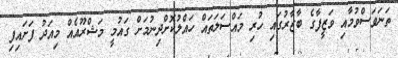
ތަނަވަސްވުމާއި ވަޒީފާގެ ބާޒާރުގައި ހުރި މައްސަލަތައް ހައްލުކޮށްދިނުމަށް ގައުމީ މަޝްރޫއެއް މިއަދު ފަށައިފި